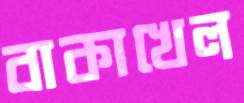
বাকাখেল